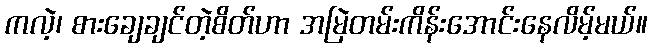
ကလဲ့၊ စားချေချင်တဲ့စိတ်ဟာ အမြဲတမ်းကိန်းအောင်းနေလိမ့်မယ်။